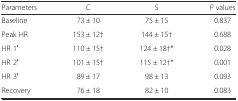
| Parameters | C | S | P values |
 | --- | --- | --- | --- |
 | Baseline | 73 ± 10 | 75 ± 15 | 0.837 |
 | Peak HR | 153 ± 12† | 144 ± 15† | 0.688 |
 | HR 1′ | 110 ± 15† | 124 ± 18†* | 0.028 |
 | HR 2′ | 101 ± 15† | 115 ± 12†* | 0.001 |
 | HR 3′ | 89 ± 17 | 98 ± 13 | 0.093 |
 | Recovery | 76 ± 18 | 82 ± 10 | 0.083 |